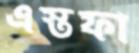
এস্তফা